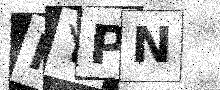
Text: IYPN